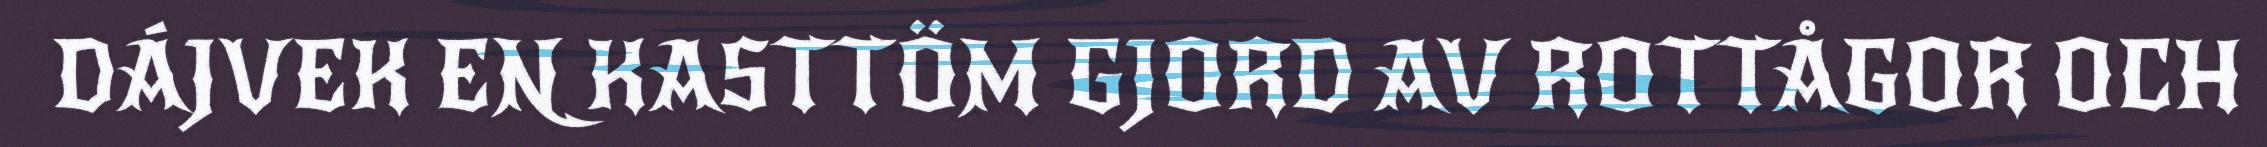
DÁJVEK EN KASTTÖM GJORD AV ROTTÅGOR OCH